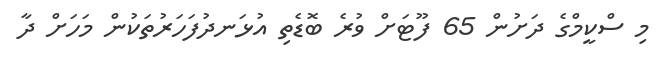
މި ސްކީމްގެ ދަށުން 65 ފޫޓަށް ވުރެ ބޮޑެތި އުޅަނދުފަހަރުތަކުން މަހަށް ދާ